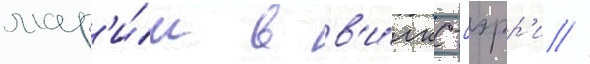
мар'и́и в в'и́лкс-бэрр'и /